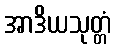
အာဒိယသုတ္တံ